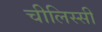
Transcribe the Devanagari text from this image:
चीलिस्सी